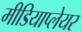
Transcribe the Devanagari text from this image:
मीडियाप्लेयर